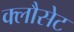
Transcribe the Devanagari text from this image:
क्लौसेट